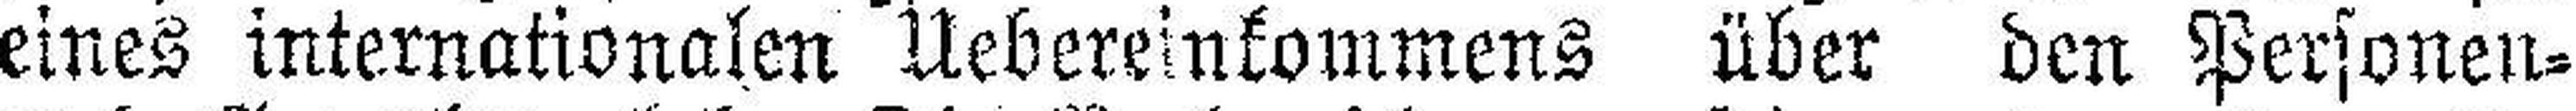
eines internationalen Uebereinkommens über den Personen¬